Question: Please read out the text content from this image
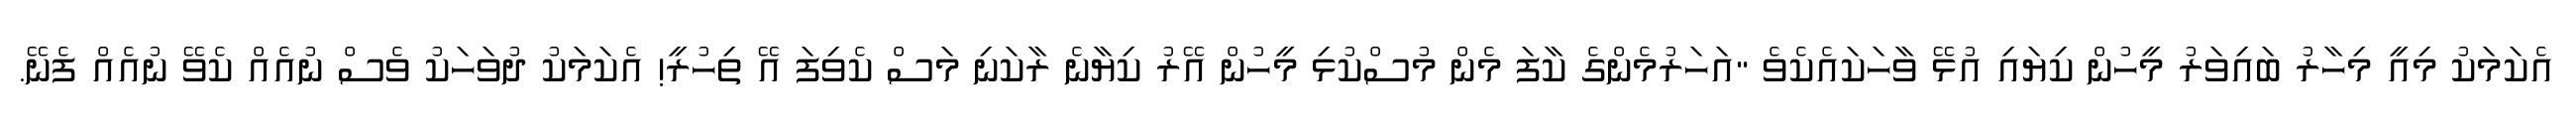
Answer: އެކަމަކު މިއީ މިހާރު ބައިވަރު މީހުން ކިޔައި އުޅޭ ވާހަކައެކެވެ "އަހަރުމެންގެ ކާފަ މެން މުސްކުޅި މީހުން އޭރު ކިޔާނެ ރާކަނި މަސް ކެވިފަ އޭ ތިހުރީ! އެކަމަކު ދުވަހަކު ވެސް ނުއެއް ކެވޭ ނުއެއް ފެނޭ.